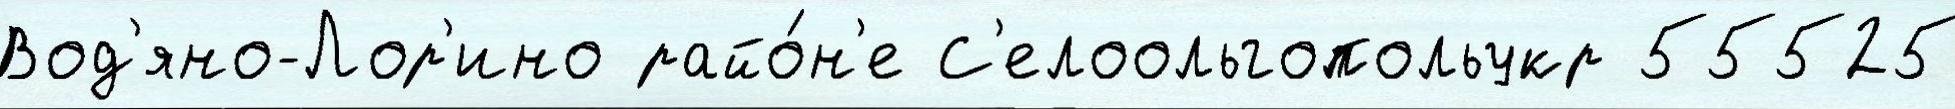
Вод'яно-Лор'ино райо́н'е С'елоольгопольукр 55525